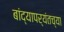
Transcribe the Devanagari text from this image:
बांद्यापर्यंतच्या